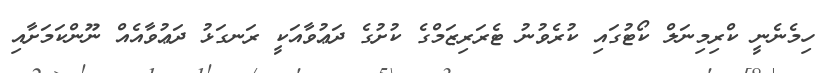
ހިމެނެނީ ކްރިމިނަލް ކޯޓުގައި ކުރެވުނު ޓެރަރިޒަމްގެ ކުށުގެ ދަޢުވާއަކީ ރަނގަޅު ދަޢުވާއެއް ނޫންކަމަށާއި